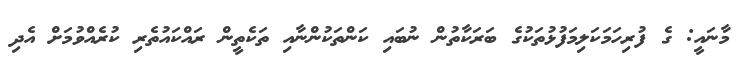
މާނައީ: ގެ ފުރިހަމަކަލިމަފުޅުތަކުގެ ބަރަކާތުން ނުބައި ކަންތަކުންނާއި ތަކެތީން ރައްކައުތެރި ކުރެއްވުމަށް އެދި